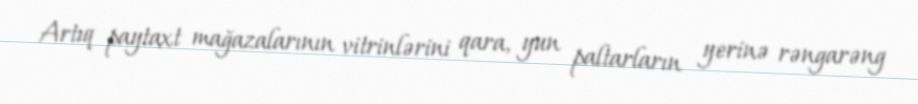
Artıq paytaxt mağazalarının vitrinlərini qara, yun paltarların yerinə rəngarəng